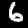
Digit: 6